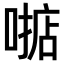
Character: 𫫓